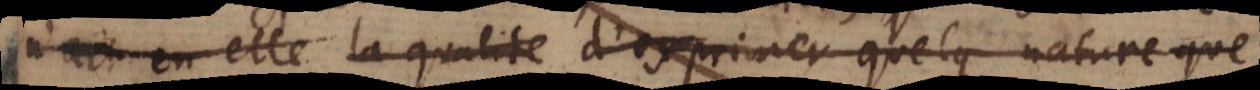
n’ait en elle la qualité d’exprimer quelque nature que